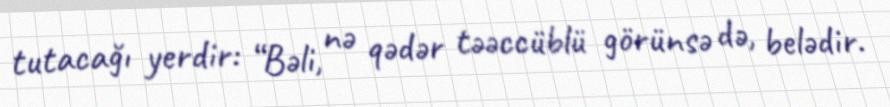
tutacağı yerdir: “Bəli, nə qədər təəccüblü görünsə də, belədir.